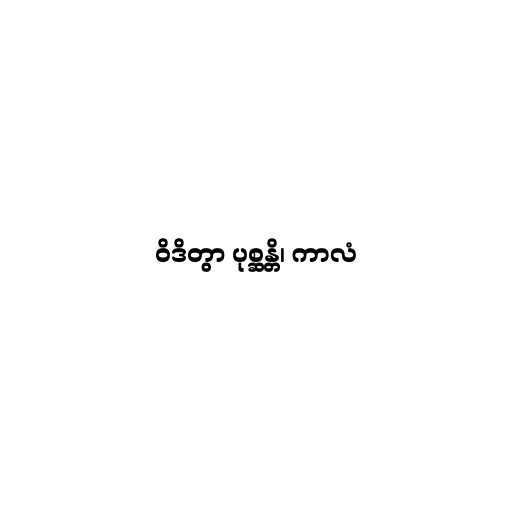
ဝိဒိတွာ ပုစ္ဆန္တိ၊ ကာလံ